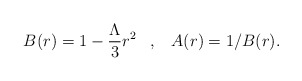
\begin{align*}B(r)=1-{\Lambda\over 3}r^2\;\;\;,\;\;\;A(r)=1/B(r).\end{align*}